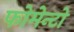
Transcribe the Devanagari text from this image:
फोमेन्टो